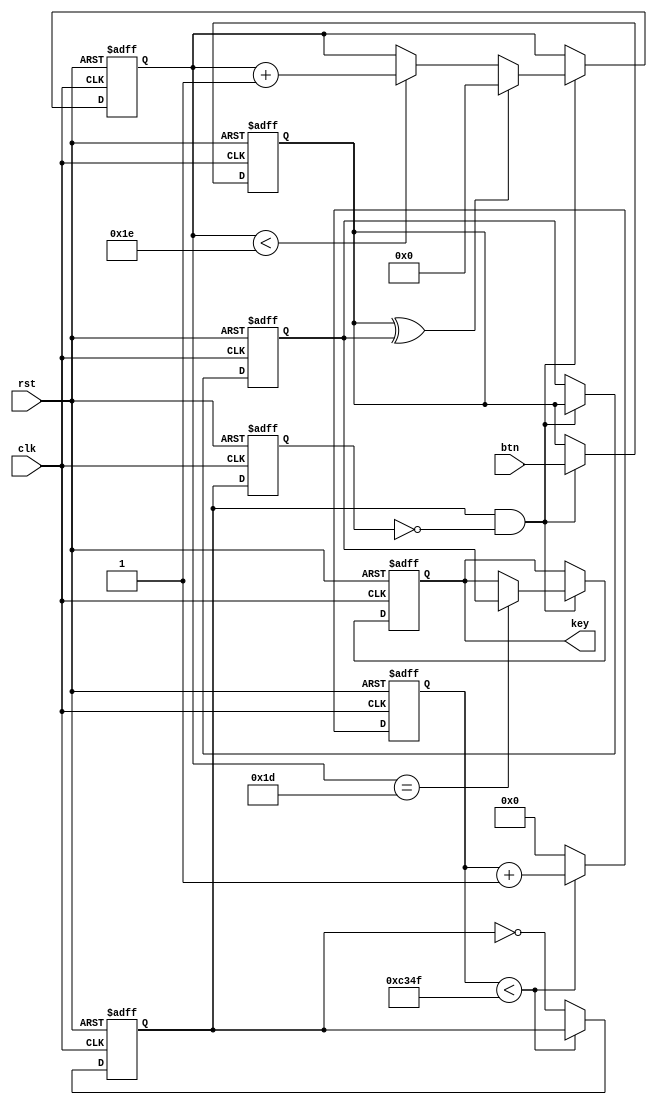
`timescale 1ns / 1ps

module debounce(
    input btn,
    input clk,rst,
    output reg key
    );
    reg [15:0] cnt; // 50,000 divide
    reg pls_1k0,pls_1k1;

    reg btn0,btn1;
    reg [4:0] btn_cnt; // wait 30ms
    
    always @(negedge rst or posedge clk) begin
        if(rst == 0) begin
            btn0 <= 0;
            btn1 <= 0;
            btn_cnt <= 0;
            key <= 0;
        end else if(pls_1k0 & ~pls_1k1) begin
            //detect rising edge
            btn0 <= btn;
            btn1 <= btn0;
            if(btn0 ^ btn1)
                btn_cnt <= 0;
            else if(btn_cnt < 30)
                btn_cnt <= btn_cnt + 1;
            if(btn_cnt == 29)
                key <= btn1; // key is clean signal with no noise
        end
    end

    always @(negedge rst or posedge clk) begin
        if(rst == 0) begin
            cnt <= 0;
            pls_1k0<=0;
            pls_1k1<=0;
        end
        else begin
            pls_1k1 <= pls_1k0;
            if(cnt < 50000-1) // for Board Implementation
            // if(cnt < 50-1) // for simulation Only
                cnt <= cnt + 1;
            else begin
                cnt <= 0;
                pls_1k0 <= ~pls_1k0;
                // pls_1k1 <= pls_1k0; //err
            end
        end
    end

endmodule